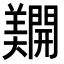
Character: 𨷑